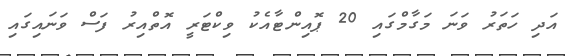
އަދި ހަތަރު ވަނަ މަގާމްގައި 20 ޕޮއިންޓާއެކު ވިކްޓަރީ އޮތްއިރު ފަސް ވަނައިގައި